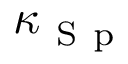
\kappa _ { \mathrm { ~ S ~ p ~ } }